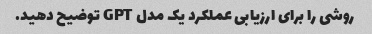
روشی را برای ارزیابی عملکرد یک مدل GPT توضیح دهید.